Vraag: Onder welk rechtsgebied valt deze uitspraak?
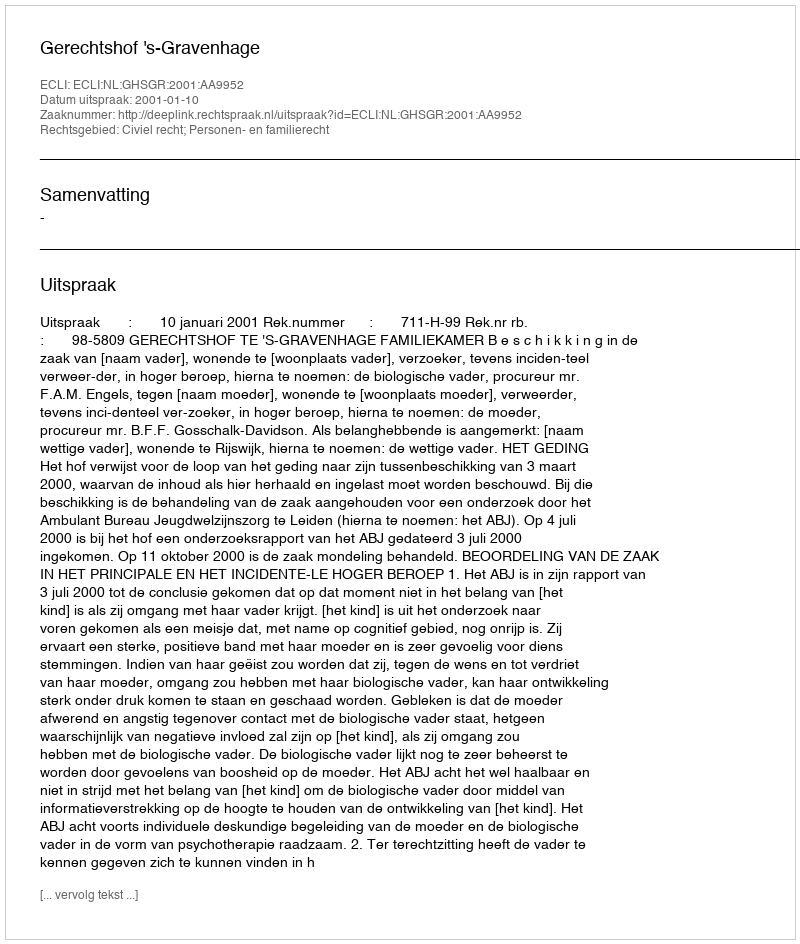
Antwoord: Civiel recht; Personen- en familierecht